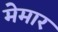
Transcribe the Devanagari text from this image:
मेमार